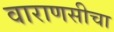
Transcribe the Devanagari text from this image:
वाराणसीचा